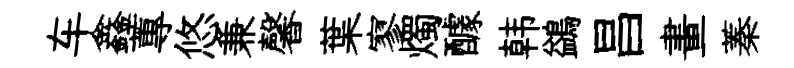
车鑫蓴悠兼馨葉寥燭醵韩鷁昌畫蓁